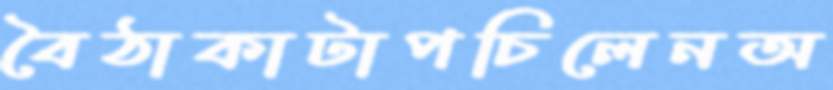
বৈঠাকাটাপচিলেনঅ